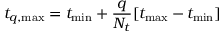
t _ { q , \mathrm { m a x } } = t _ { \mathrm { m i n } } + \frac { q } { N _ { t } } [ t _ { \mathrm { m a x } } - t _ { \mathrm { m i n } } ]